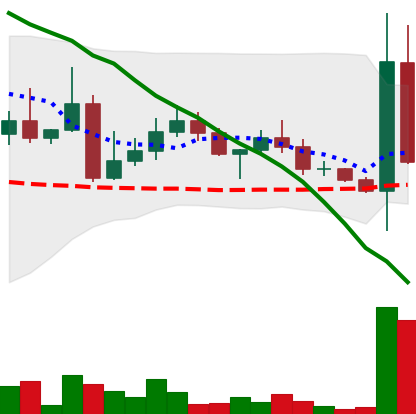
Ticker: DOGE-USD
Chart end date: 2022-04-26
Forward return: -3.625%
Label: down_3_5